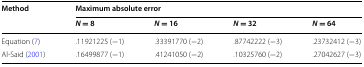
<table><thead><tr><td rowspan="2"><b>Method</b></td><td colspan="4"><b>Maximum absolute error</b></td></tr><tr><td><b><i>N</i> = 8</b></td><td><b><i>N</i> = 16</b></td><td><b><i>N</i> = 32</b></td><td><b><i>N</i> = 64</b></td></tr></thead><tbody><tr><td>Equation (7)</td><td>.11921225 (−1)</td><td>.33391770 (−2)</td><td>.87742222 (−3)</td><td>.23732412 (−3)</td></tr><tr><td>Al-Said (2001)</td><td>.16499877 (−1)</td><td>.41241050 (−2)</td><td>.10325760 (−2)</td><td>.27042627 (−3)</td></tr></tbody></table>